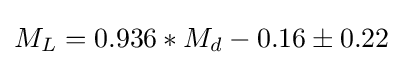
M_{L}=0.936*M_{d}-0.16\pm 0.22